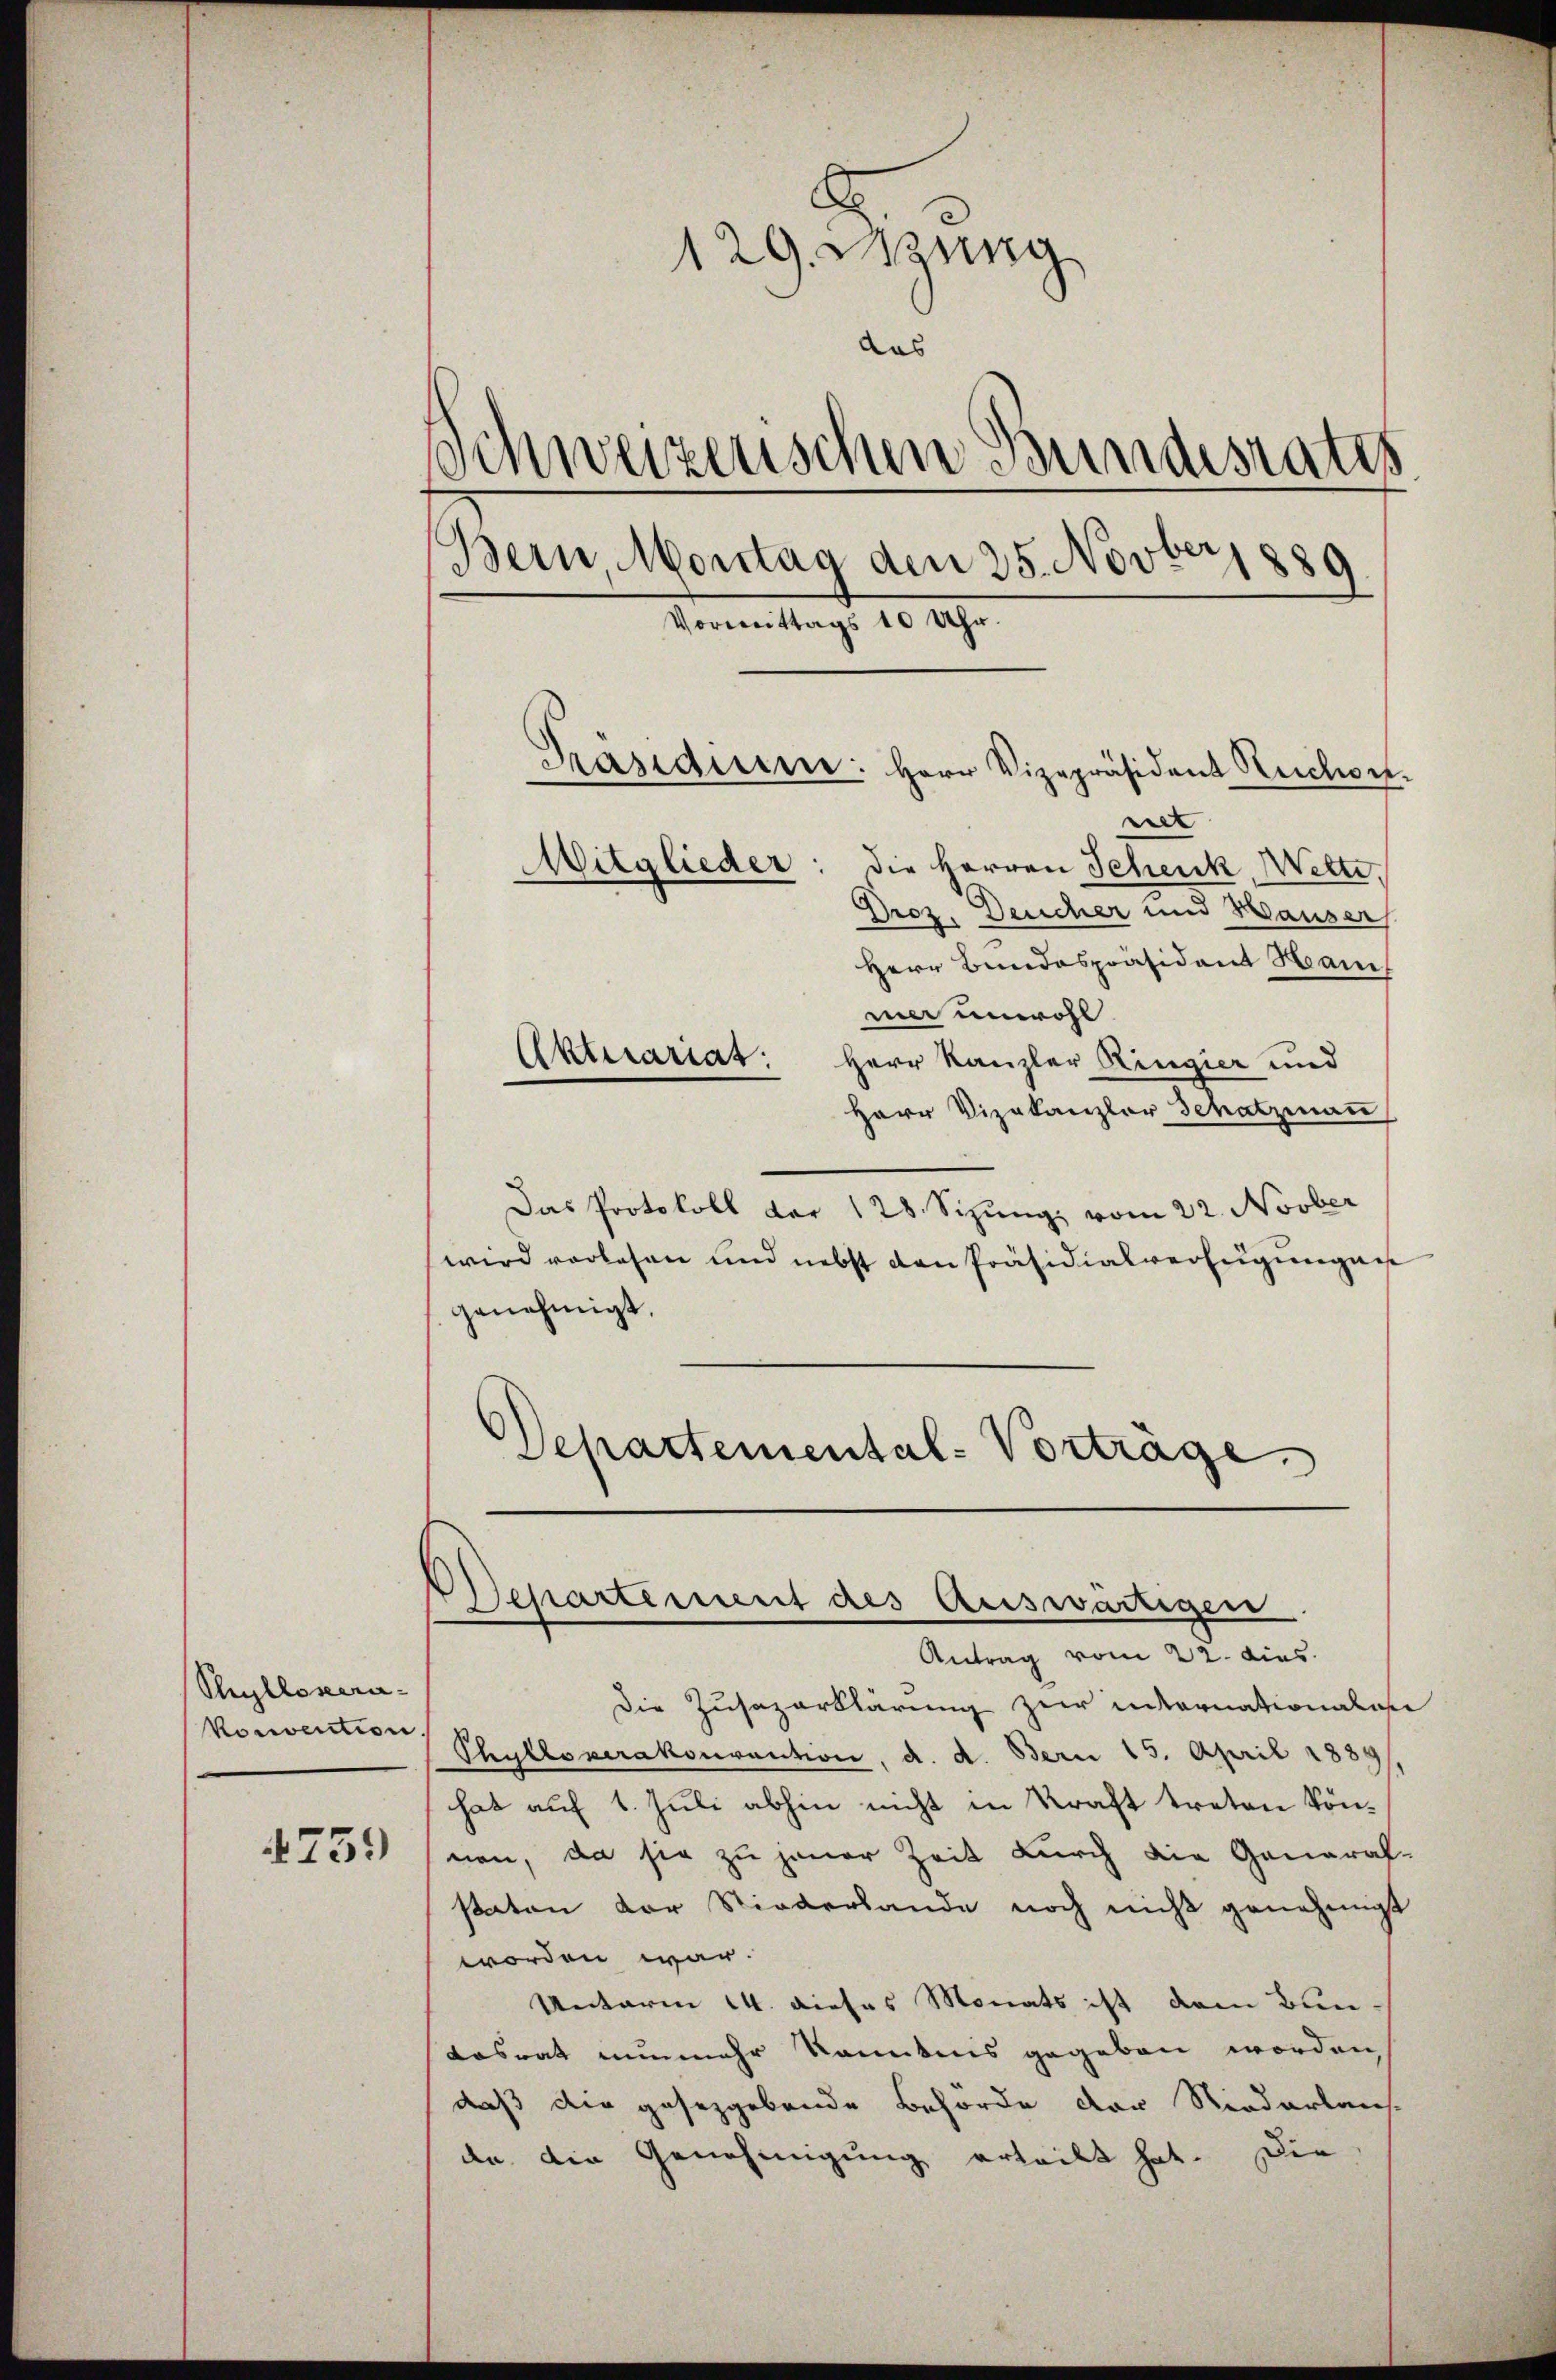
Thyllosera
Vonvention.

759

129. Sitzung
das
s
inweizerischen Stundesrates.
Bern, Montag den 25. Novber 1889
Vormittags 10 Uhr.
Präsidiere: Herr Vizepräsident Kuchen.
net
Mitglieder: die Herren Schenk, Wette

Droz. Deucher und Hauser
Herr Bundespräsident Hami
mer unwohl
Aktuariat: Herr Kanzler Ringier und
Herr Vizekanzler Schatzmann,
Das Protokoll der 128 Sizung vom 22. Novber
wird vorlesen und nebst den Präsidialverfügungen
genehmigt.
Departemental-Vorträge.

Separtement des Auswärtigen
Antrag vom 22. dies

Die Zusazerklärung zur internationalen
Phylloverakonvention, d. d. Bern 15. April 1889
hat auf 1. Juli abhin nicht in Kraft treten können, da sie zu jener Zeit durch die General-
Paten der Niederlande noch nicht genehmigt
worden war.
Unterm 14. dieses Monats ist dem Bun-
Lasrat nunmehr kanntnis gegeben worden
daß die gesetzgebende Behörde der Niederlaus-
da die Genehmigung erteilt hat. Die